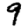
Digit: 9